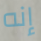
إنه